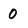
Character: 0